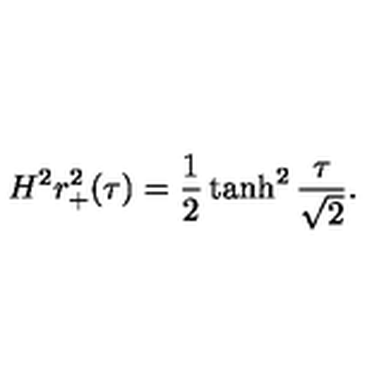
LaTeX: H ^ { 2 } r _ { + } ^ { 2 } ( \tau ) = \frac { 1 } { 2 } \tanh ^ { 2 } \frac { \tau } { \sqrt { 2 } } .